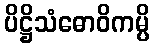
ပိဋ္ဌိသံဓောဝိကမ္ပိ